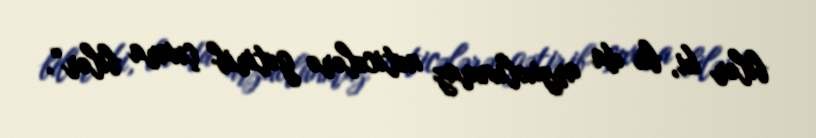
bilər ki, bu da arzuolunmaz nəticələrə gətirib çıxara bilər“.